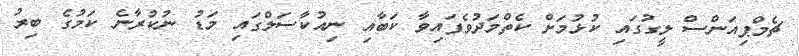
ޗެމްޕިއަންސް ލީގުގައި ކުޅުމަށް ކެތްމަދުވެފައިވާ ކަބާއި ނިއުކާސަލްގައި މަޑު ނުކުރާނެ ކަމުގެ ބިރު